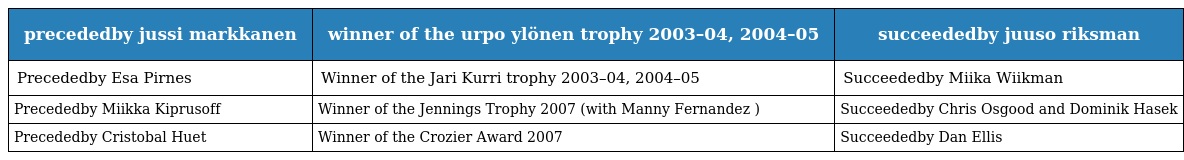
| precededby jussi markkanen | winner of the urpo ylönen trophy 2003–04, 2004–05 | succeededby juuso riksman |
 | --- | --- | --- |
 | Precededby Esa Pirnes | Winner of the Jari Kurri trophy 2003–04, 2004–05 | Succeededby Miika Wiikman |
 | Precededby Miikka Kiprusoff | Winner of the Jennings Trophy 2007 (with Manny Fernandez ) | Succeededby Chris Osgood and Dominik Hasek |
 | Precededby Cristobal Huet | Winner of the Crozier Award 2007 | Succeededby Dan Ellis |